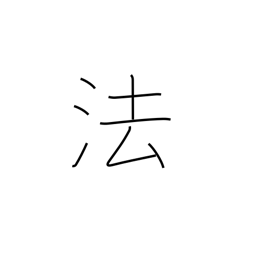
Meaning: method